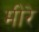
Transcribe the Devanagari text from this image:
मीरे